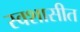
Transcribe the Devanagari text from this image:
स्वशासीत